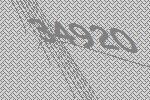
34920